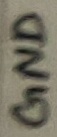
Text: GND